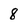
Character: 8